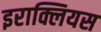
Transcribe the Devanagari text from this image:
इराक्लियस